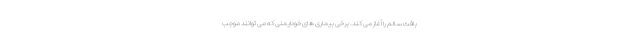
بافت سالم را آغاز می کند. برخی بیماری های خودایمنی که می توانند موجب